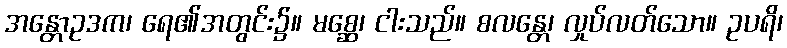
အန္တောဥဒက၊ ရေ၏အတွင်း၌။ မစ္ဆေ၊ ငါးသည်။ စလန္တေ၊ လှုပ်လတ်သော။ ဥပရိ၊